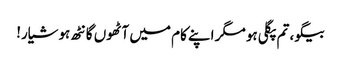
بیگو، تم پگلی ہو مگر اپنے کام میں آٹھوں گانٹھ ہوشیار!